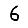
Digit: 6